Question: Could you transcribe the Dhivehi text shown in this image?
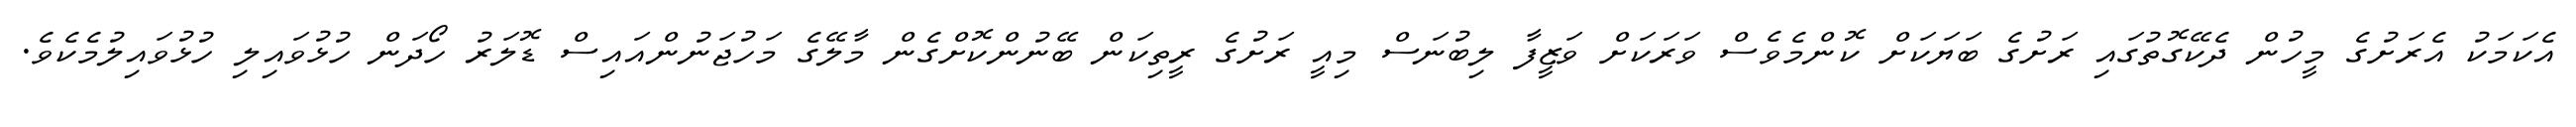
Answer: އެކަމަކު އެރަށުގެ މީހުން ދެކޭގޮތުގައި ރަށުގެ ބަޔަކަށް ކޮންމެވެސް ވަރަކަށް ވަޒީފާ ލިބުނަސް މިއީ ރަށުގެ ރީތިކަން ބޭނުންކޮށްގެން މާލޭގެ މަހުޖަނުންއައިސް ޑޮލަރު ހޯދަން ހުޅުވައިލި ހުޅުވައިލުމެކެވެ.